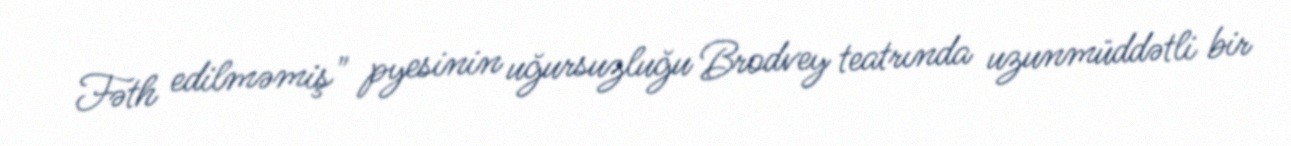
Fəth edilməmiş" pyesinin uğursuzluğu Brodvey teatrında uzunmüddətli bir